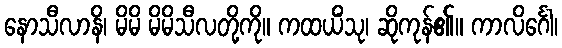
နောသီလာနိ၊ မိမိ မိမိသီလတို့ကို။ ကထယိံသု၊ ဆိုကုန်၏။ ကာလိင်္ဂေါ၊